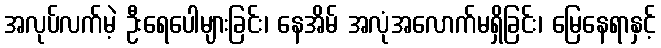
အလုပ်လက်မဲ့ ဦးရေပေါများခြင်း၊ နေအိမ် အလုံအလောက်မရှိခြင်း၊ မြေနေရာနှင့်